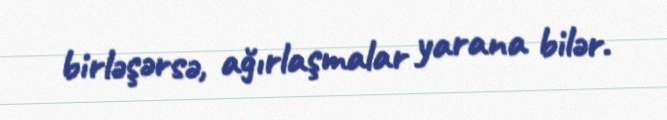
birləşərsə, ağırlaşmalar yarana bilər.